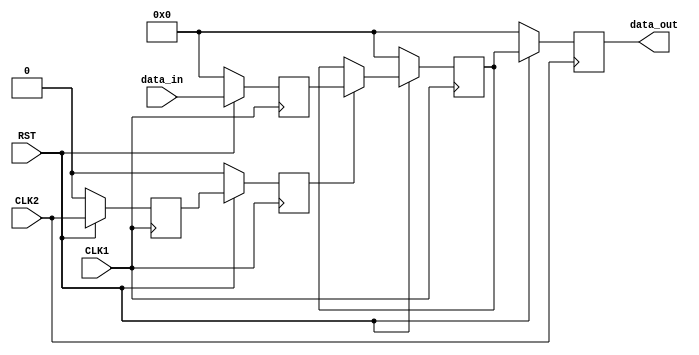
module bus_sync_sf #
(
	// 0 F1 > F2, 1 F1 < F2
	parameter impl = 0,
	// Numbits
	parameter sword = 32
)
(
	input CLK1,
	input CLK2,
	input RST,
	input [sword-1:0] data_in,
	output [sword-1:0] data_out
);

generate
	if (impl) begin
		wire NCLK2;
		assign NCLK2 = ~CLK2;
		reg ECLK1, EECLK1;
		always @(posedge NCLK2) begin
			if(RST == 1'b0) begin
				ECLK1 <= 1'b0;
				EECLK1 <= 1'b0;
			end else begin
				ECLK1 <= CLK1;
				EECLK1 <= ECLK1;
			end
		end
		reg [sword-1:0] reg_data1;
		reg [sword-1:0] reg_data2;
		reg [sword-1:0] reg_data3;
		always @(posedge CLK1) begin
			if(RST == 1'b0) begin
				reg_data1 <= {sword{1'b0}};
			end else begin
				reg_data1 <= data_in;
			end
		end
		always @(posedge CLK2) begin
			if(RST == 1'b0) begin
				reg_data2 <= {sword{1'b0}};
				reg_data3 <= {sword{1'b0}};
			end else begin
				if(EECLK1) begin
					reg_data2 <= reg_data1;
				end
				reg_data3 <= reg_data2;
			end
		end
		assign data_out = reg_data3;
	end else begin
		wire NCLK1;
		assign NCLK1 = ~CLK1;
		reg ECLK2, EECLK2;
		always @(posedge NCLK1) begin
			if(RST == 1'b0) begin
				ECLK2 <= 1'b0;
				EECLK2 <= 1'b0;
			end else begin
				ECLK2 <= CLK2;
				EECLK2 <= ECLK2;
			end
		end
		reg [sword-1:0] reg_data1;
		reg [sword-1:0] reg_data2;
		reg [sword-1:0] reg_data3;
		always @(posedge CLK1) begin
			if(RST == 1'b0) begin
				reg_data1 <= {sword{1'b0}};
				reg_data2 <= {sword{1'b0}};
			end else begin
				reg_data1 <= data_in;
				if(EECLK2) begin
					reg_data2 <= reg_data1;
				end
			end
		end
		always @(posedge CLK2) begin
			if(RST == 1'b0) begin
				reg_data3 <= {sword{1'b0}};
			end else begin
				reg_data3 <= reg_data2;
			end
		end
		assign data_out = reg_data3;
	end
endgenerate

endmodule